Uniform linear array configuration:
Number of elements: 32
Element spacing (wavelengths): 0.75
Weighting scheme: cosine
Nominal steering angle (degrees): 0
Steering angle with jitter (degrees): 0.4949
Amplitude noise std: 0.05
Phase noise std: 0.05

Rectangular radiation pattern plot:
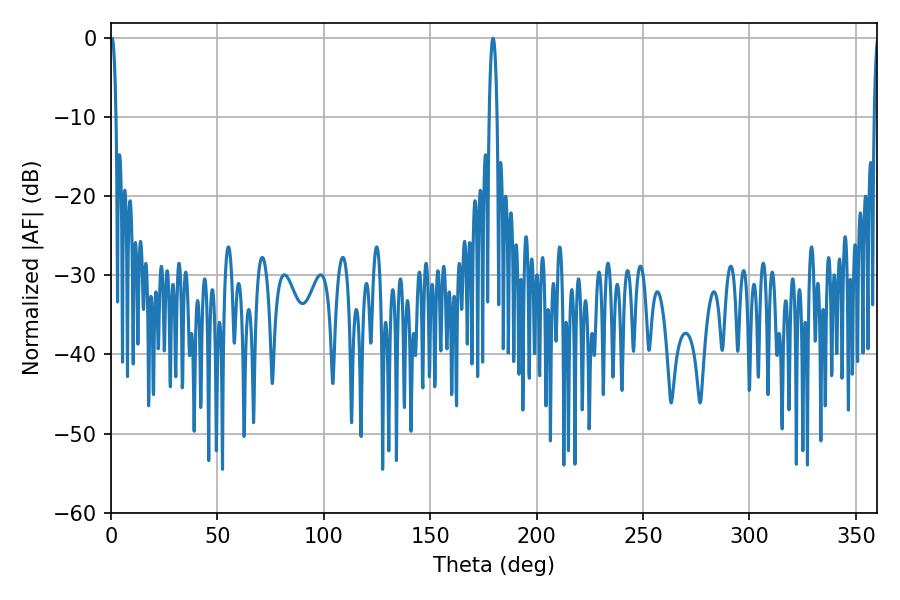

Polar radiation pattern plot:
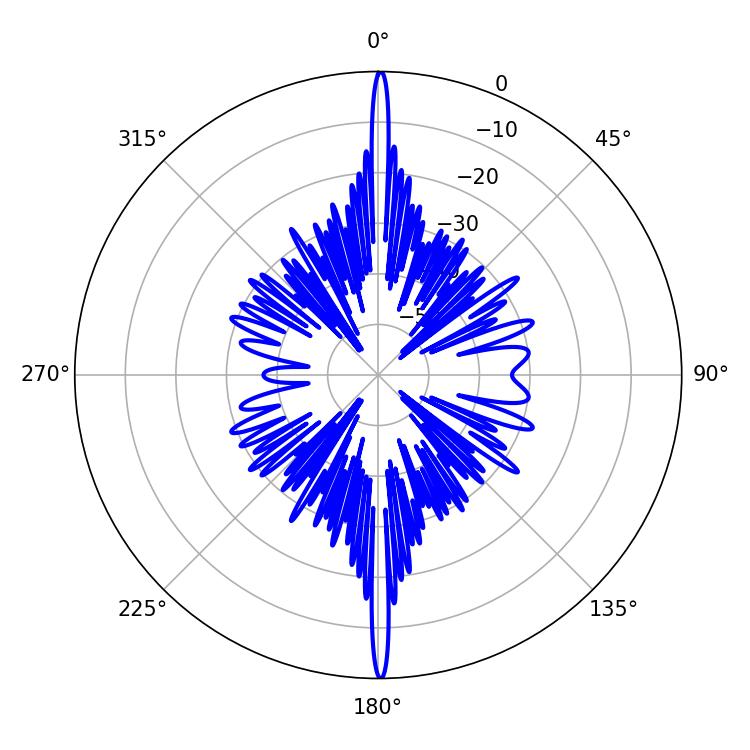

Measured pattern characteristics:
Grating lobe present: TRUE
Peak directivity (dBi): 33.139
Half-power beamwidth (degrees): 1.44
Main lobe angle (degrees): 0.54